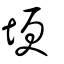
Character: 埂